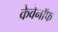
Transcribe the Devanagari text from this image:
केवेनॉफ